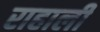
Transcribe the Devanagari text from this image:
राहाली